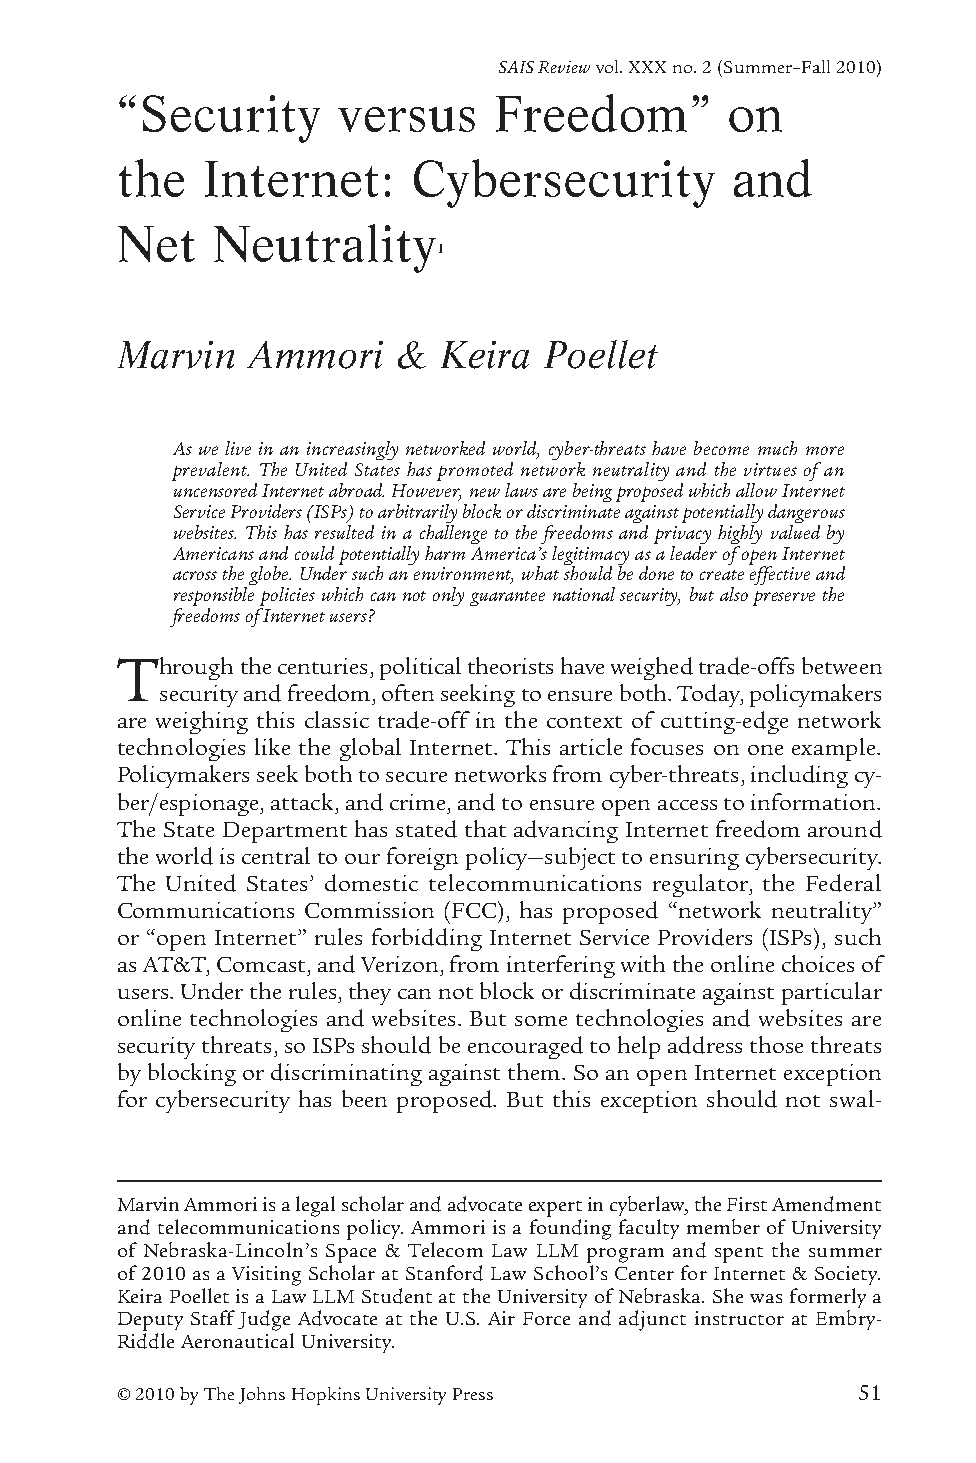
“SECURITY VESRASISU SR eFviRewEE vDoOl. MXX” XO Nno T. H2 E(S IuNmTmERerN–EFTall 201501)
 “Security     versus     Freedom”       on
 the  Internet:     Cybersecurity        and
 Net   Neutrality
 1
 Marvin   Ammori   &  Keira  Poellet
 As we live in an increasingly networked world, cyber-threats have become much more
 prevalent. The United States has promoted network neutrality and the virtues of an
 uncensored Internet abroad. However, new laws are being proposed which allow Internet
 Service Providers (ISPs) to arbitrarily block or discriminate against potentially dangerous
 websites. This has resulted in a challenge to the freedoms and privacy highly valued by
 Americans and could potentially harm America’s legitimacy as a leader of open Internet
 across the globe. Under such an environment, what should be done to create effective and
 responsible policies which can not only guarantee national security, but also preserve the
 freedoms of Internet users?
 Through the centuries, political theorists have weighed trade-offs between
 security and freedom, often seeking to ensure both. Today, policymakers
 are weighing this classic trade-off in the context of cutting-edge network
 technologies like the global Internet. This article focuses on one example.
 Policymakers seek both to secure networks from cyber-threats, including cy-
 ber/espionage, attack, and crime, and to ensure open access to information.
 The State Department has stated that advancing Internet freedom around
 the world is central to our foreign policy—subject to ensuring cybersecurity.
 The United States’ domestic telecommunications regulator, the Federal
 Communications Commission (FCC), has proposed “network neutrality”
 or “open Internet” rules forbidding Internet Service Providers (ISPs), such
 as AT&T, Comcast, and Verizon, from interfering with the online choices of
 users. Under the rules, they can not block or discriminate against particular
 online technologies and websites. But some technologies and websites are
 security threats, so ISPs should be encouraged to help address those threats
 by blocking or discriminating against them. So an open Internet exception
 for cybersecurity has been proposed. But this exception should not swal-
 Marvin Ammori is a legal scholar and advocate expert in cyberlaw, the First Amendment
 and telecommunications policy. Ammori is a founding faculty member of University
 of Nebraska-Lincoln’s Space & Telecom Law LLM program and spent the summer
 of 2010 as a Visiting Scholar at Stanford Law School’s Center for Internet & Society.
 Keira Poellet is a Law LLM Student at the University of Nebraska. She was formerly a
 Deputy Staff Judge Advocate at the U.S. Air Force and adjunct instructor at Embry-
 Riddle Aeronautical University.
 © 2010 by The Johns Hopkins University Press     51